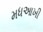
મધઆખી